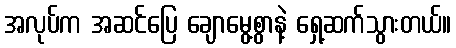
အလုပ်က အဆင်ပြေ ချောမွေ့စွာနဲ့ ရှေ့ဆက်သွားတယ်။